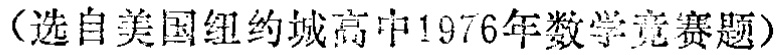
（选自美国纽约城高中1976年数学竞赛题）